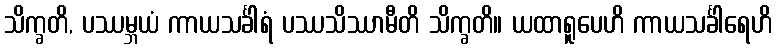
သိက္ခတိ, ပဿမ္ဘယံ ကာယသင်္ခါရံ ပဿသိဿာမီတိ သိက္ခတိ။ ယထာရူပေဟိ ကာယသင်္ခါရေဟိ